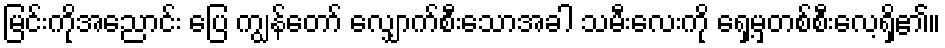
မြင်းကိုအညောင်း ပြေ ကျွန်တော် လျှောက်စီးသောအခါ သမီးလေးကို ရှေ့မှတစ်စီးလေ့ရှိ၏။